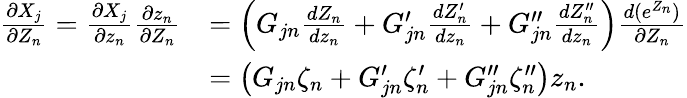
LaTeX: \begin{array}{rl}{\frac{\partial X_{j}}{\partial Z_{n}}=\frac{\partial X_{j}}{\partial z_{n}}\frac{\partial z_{n}}{\partial Z_{n}}}&{=\left(G_{jn}\frac{dZ_{n}}{dz_{n}}+G_{jn}^{\prime}\frac{dZ_{n}^{\prime}}{dz_{n}}+G_{jn}^{\prime\prime}\frac{dZ_{n}^{\prime\prime}}{dz_{n}}\right)\frac{d(e^{Z_{n}})}{\partial Z_{n}}}\\ &{=\left(G_{jn}\zeta_{n}+G_{jn}^{\prime}\zeta_{n}^{\prime}+G_{jn}^{\prime\prime}\zeta_{n}^{\prime\prime}\right)z_{n}.}\end{array}